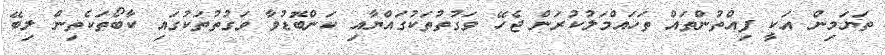
ތަޔަމިން އަކީ ފިއްތުންތައް ތަހައްމަލުކުރަން ޖެހޭ ވަގުތުތަކުގައްޔާއި ކަންބޮޑުވާ ވަގުތުތަކުގައި ކާބޯތަކެތިން ލިބޭ